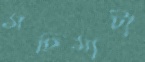
মহিমাটা